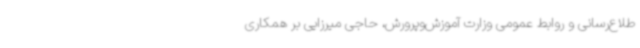
طلاع‌رسانی و روابط عمومی وزارت آموزش‌وپرورش، حاجی میرزایی بر همکاری